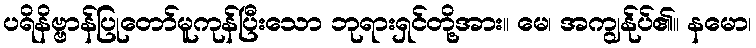
ပရိနိဗ္ဗာန်ပြုတော်မူကုန်ပြီးသော ဘုရားရှင်တို့အား။ မေ၊ အကျွန်ုပ်၏။ နမော၊